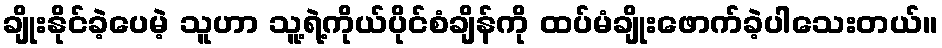
ချိုးနိုင်ခဲ့ပေမဲ့ သူဟာ သူ့ရဲ့ကိုယ်ပိုင်စံချိန်ကို ထပ်မံချိုးဖောက်ခဲ့ပါသေးတယ်။